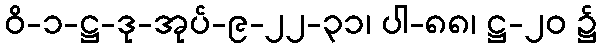
ဝိ-၁-ဋ္ဌ-ဒု-အုပ်-၉-၂၂-၃၁၊ ပါ-၈၈၊ ဋ္ဌ-၂၀ ၌